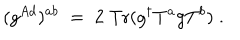
( g ^ { A d } ) ^ { a b } \; = \; 2 \; \mathrm { T r } ( g ^ { \dagger } T ^ { a } g T ^ { b } ) \; .